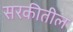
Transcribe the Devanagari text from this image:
सरकीतील